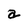
Character: a